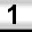
Digit: 1